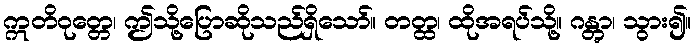
ဣတိဝုတ္တေ၊ ဤသို့ပြောဆိုသည်ရှိသော်။ တတ္ထ၊ ထိုအရပ်သို့။ ဂန္တွာ၊ သွား၍။